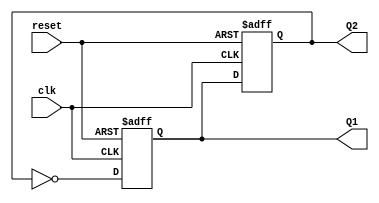
module dual_stage_johnson_counter (
    input wire clk,        // Clock input
    input wire reset,      // Asynchronous reset input
    output reg Q1,        // Output of the first flip-flop
    output reg Q2         // Output of the second flip-flop
);

// Always block triggered on the rising edge of the clock or on reset
always @(posedge clk or posedge reset) begin
    if (reset) begin
        // Asynchronous reset to initial state 00
        Q1 <= 0;
        Q2 <= 0;
    end else begin
        // Johnson counter logic
        Q1 <= ~Q2;   // D1 input is the inverted output of Q2
        Q2 <= Q1;    // D2 input is the output of Q1
    end
end

endmodule